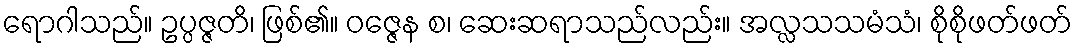
ရောဂါသည်။ ဥပ္ပဇ္ဇတိ၊ ဖြစ်၏။ ဝဇ္ဇေန စ၊ ဆေးဆရာသည်လည်း။ အလ္လသသမံသံ၊ စိုစိုဖတ်ဖတ်